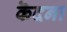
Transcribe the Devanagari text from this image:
कॆदना